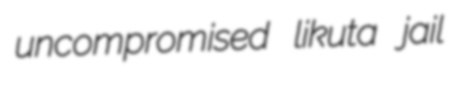
uncompromised likuta jail